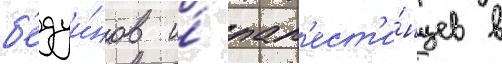
б'едуи́нов и́ пал'ест'и́нцев в